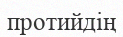
протийдің